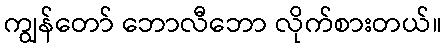
ကျွန်တော် ဘောလီဘော လိုက်စားတယ်။